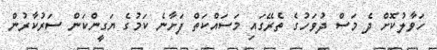
ހަވާލުކޮށް ދެ މަސް ދުވަހުގެ ތެރޭގައި މަސައްކަތް ފަށާނެ ކަމުގެ ޔަގީންކަން ސަރުކާރުން